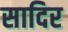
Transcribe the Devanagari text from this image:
सादिर